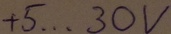
Text: +5...30V